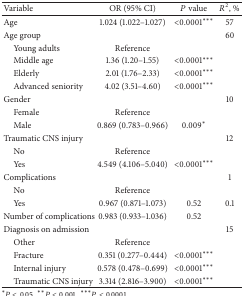
<table><thead><tr><td><b>Variable</b></td><td><b>OR (95% CI)</b></td><td><b><i>P</i> value</b></td><td><b><i>R</i><sup>2</sup>, %</b></td></tr></thead><tbody><tr><td>Age</td><td>1.024 (1.022–1.027)</td><td>&lt;0.0001***</td><td>57</td></tr><tr><td>Age group</td><td> </td><td> </td><td>60</td></tr><tr><td> Young adults</td><td>Reference</td><td> </td><td> </td></tr><tr><td> Middle age</td><td>1.36 (1.20–1.55)</td><td>&lt;0.0001***</td><td> </td></tr><tr><td> Elderly</td><td>2.01 (1.76–2.33)</td><td>&lt;0.0001***</td><td> </td></tr><tr><td> Advanced seniority</td><td>4.02 (3.51–4.60)</td><td>&lt;0.0001***</td><td> </td></tr><tr><td>Gender </td><td> </td><td> </td><td>10</td></tr><tr><td> Female</td><td>Reference</td><td> </td><td> </td></tr><tr><td> Male</td><td>0.869 (0.783–0.966)</td><td>0.009*</td><td> </td></tr><tr><td>Traumatic CNS injury</td><td> </td><td> </td><td>12</td></tr><tr><td> No</td><td>Reference</td><td> </td><td> </td></tr><tr><td> Yes</td><td>4.549 (4.106–5.040)</td><td>&lt;0.0001***</td><td> </td></tr><tr><td>Complications</td><td> </td><td> </td><td>1</td></tr><tr><td> No</td><td>Reference</td><td> </td><td> </td></tr><tr><td> Yes</td><td>0.967 (0.871–1.073)</td><td>0.52</td><td>0.1</td></tr><tr><td>Number of complications</td><td>0.983 (0.933–1.036)</td><td>0.52</td><td> </td></tr><tr><td>Diagnosis on admission</td><td> </td><td> </td><td>15</td></tr><tr><td> Other</td><td>Reference</td><td> </td><td> </td></tr><tr><td> Fracture</td><td>0.351 (0.277–0.444)</td><td>&lt;0.0001***</td><td> </td></tr><tr><td> Internal injury</td><td>0.578 (0.478–0.699)</td><td>&lt;0.0001***</td><td> </td></tr><tr><td> Traumatic CNS injury </td><td>3.314 (2.816–3.900)</td><td>&lt;0.0001***</td><td> </td></tr></tbody></table>